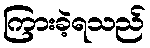
ကြားခဲ့ရသည်